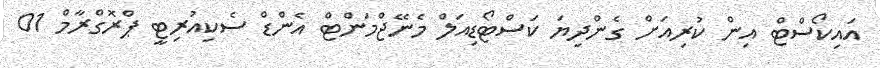
އައިކޯސްޓް އިން ކުރިއަށް ގެންދިޔަ ކަސްޓޯޑިއަލް މެނޭޖްމަންޓް އެންޑް ސެކިއުރިޓީ ޕްރޮގްރާމް 01